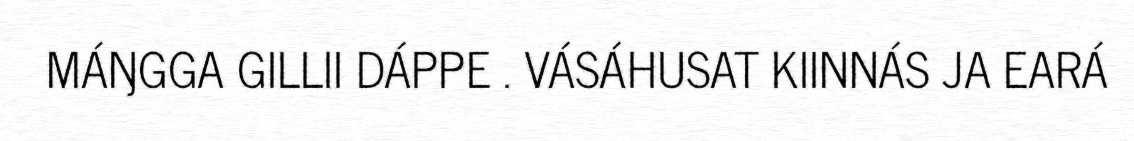
MÁŊGGA GILLII DÁPPE . VÁSÁHUSAT KIINNÁS JA EARÁ